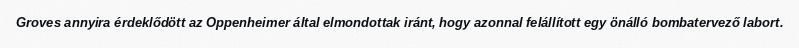
Groves annyira érdeklődött az Oppenheimer által elmondottak iránt, hogy azonnal felállított egy önálló bombatervező labort.